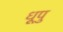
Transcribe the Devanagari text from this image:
धूपु